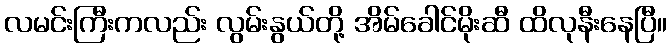
လမင်းကြီးကလည်း လွမ်းနွယ်တို့ အိမ်ခေါင်မိုးဆီ ထိလုနီးနေပြီ။